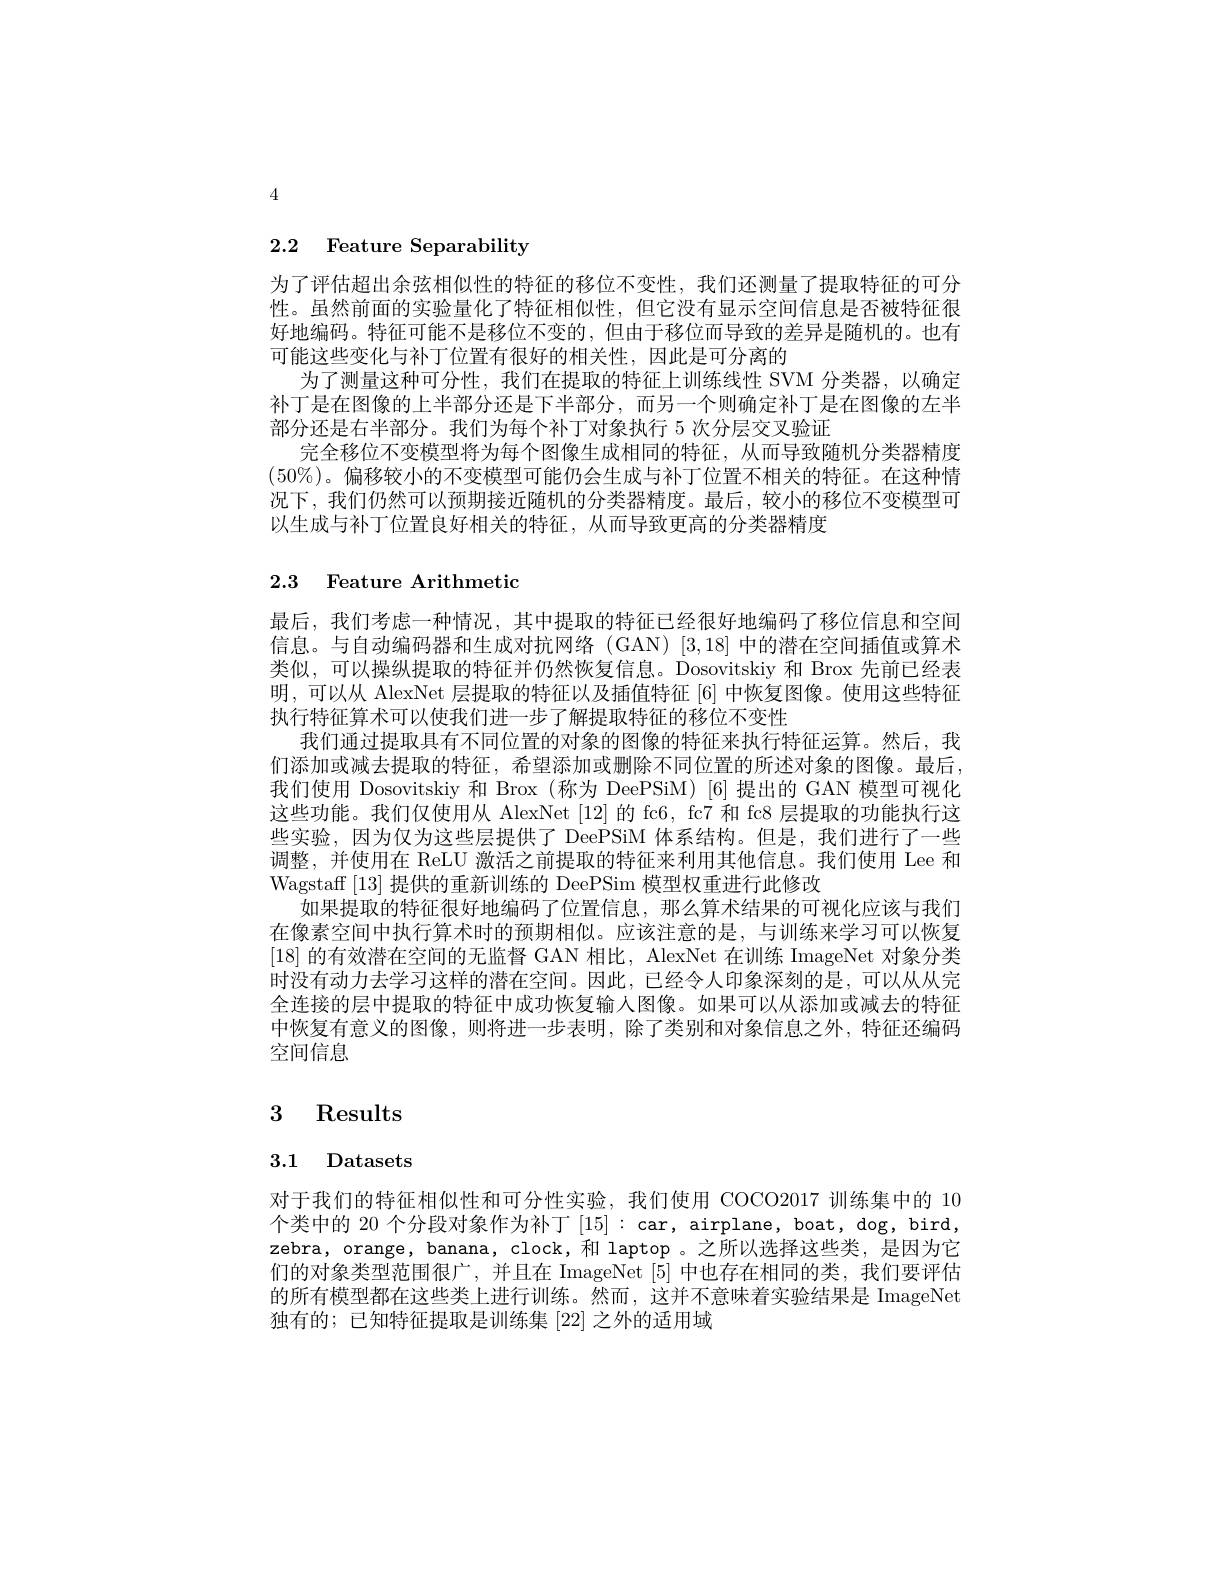
4

# 2.2 Feature Separability

为了评估超出余弦相似性的特征的移位不变性，我们还测量了提取特征的可分性。虽然前面的实验量化了特征相似性，但它没有显示空间信息是否被特征很好地编码。特征可能不是移位不变的，但由于移位而导致的差异是随机的。也有可能这些变化与补丁位置有很好的相关性，因此是可分离的
为了测量这种可分性，我们在提取的特征上训练线性 SVM 分类器，以确定补丁是在图像的上半部分还是下半部分，而另一个则确定补丁是在图像的左半部分还是右半部分。我们为每个补丁对象执行 5 次分层交叉验证
完全移位不变模型将为每个图像生成相同的特征，从而导致随机分类器精度$(50\%)$。偏移较小的不变模型可能仍会生成与补丁位置不相关的特征。在这种情况下，我们仍然可以预期接近随机的分类器精度。最后，较小的移位不变模型可以生成与补丁位置良好相关的特征，从而导致更高的分类器精度

# 2.3 Feature Arithmetic

最后，我们考虑一种情况，其中提取的特征已经很好地编码了移位信息和空间信息。与自动编码器和生成对抗网络(GAN)[3,18]中的潜在空间插值或算术类似，可以操纵提取的特征并仍然恢复信息。Dosovitskiy 和 Brox 先前已经表明，可以从 AlexNet 层提取的特征以及插值特征[6] 中恢复图像。使用这些特征执行特征算术可以使我们进一步了解提取特征的移位不变性
我们通过提取具有不同位置的对象的图像的特征来执行特征运算。然后，我们添加或减去提取的特征，希望添加或删除不同位置的所述对象的图像。最后， 我们使用 Dosovitskiy 和 Brox (称为 DeePSiM)[6]提出的 GAN 模型可视化这些功能。我们仅使用从 AlexNet [12]的 fc6, fc7 和 fc8 层提取的功能执行这些实验，因为仅为这些层提供了 DeePSiM 体系结构。但是，我们进行了一些调整，并使用在 ReLU 激活之前提取的特征来利用其他信息。我们使用 Lee 和Wagstaff [13]提供的重新训练的 DeePSim 模型权重进行此修改
如果提取的特征很好地编码了位置信息，那么算术结果的可视化应该与我们在像素空间中执行算术时的预期相似。应该注意的是，与训练来学习可以恢复[18]的有效潜在空间的无监督 GAN 相比，AlexNet 在训练 ImageNet 对象分类时没有动力去学习这样的潜在空间。因此，已经令人印象深刻的是，可以从从完全连接的层中提取的特征中成功恢复输入图像。如果可以从添加或减去的特征中恢复有意义的图像，则将进一步表明，除了类别和对象信息之外，特征还编码空间信息

# 3 Results

# 3.1 Datasets

对于我们的特征相似性和可分性实验，我们使用 COCO2017 训练集中的 10个类中的 20 个分段对象作为补丁[15]: car, airplane, boat, dog, bird, zebra, orange, banana, clock,和 laptop 。之所以选择这些类，是因为它们的对象类型范围很广，并且在 ImageNet [5]中也存在相同的类，我们要评估的所有模型都在这些类上进行训练。然而，这并不意味着实验结果是 ImageNet 独有的；已知特征提取是训练集|22|之外的适用域